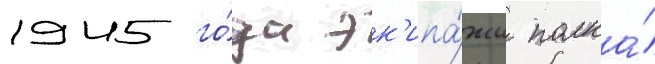
1945 го́да эк'ипа́жи полка́